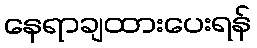
နေရာချထားပေးရန်